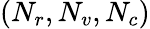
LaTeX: (N_{r},N_{v},N_{c})